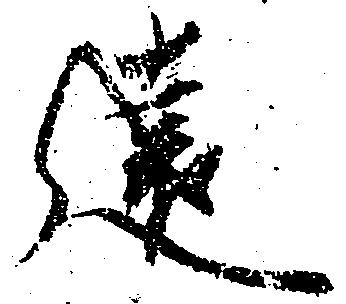
遠